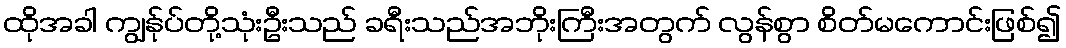
ထိုအခါ ကျွန်ုပ်တို့သုံးဦးသည် ခရီးသည်အဘိုးကြီးအတွက် လွန်စွာ စိတ်မကောင်းဖြစ်၍